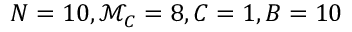
N = 1 0 , \mathcal { M } _ { C } = 8 , C = 1 , B = 1 0